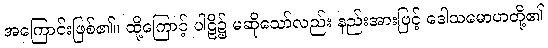
အကြောင်းဖြစ်၏။ ထို့ကြောင့် ပါဠိ၌ မဆိုသော်လည်း နည်းအားဖြင့် ဒေါသမောဟတို့၏